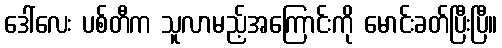
ဒေါ်လေး ပစ်တီက သူလာမည့်အကြောင်းကို မောင်းခတ်ပြီးပြီ။